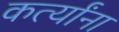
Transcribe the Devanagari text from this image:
कर्त्यांना